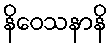
နိဝေသနာနိ